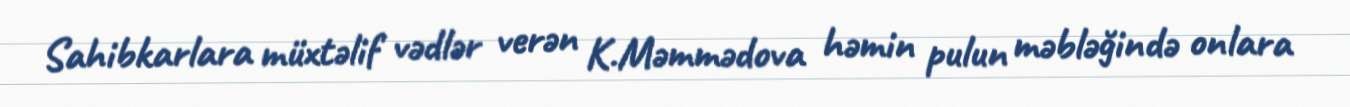
Sahibkarlara müxtəlif vədlər verən K.Məmmədova həmin pulun məbləğində onlara